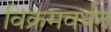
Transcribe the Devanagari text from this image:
विक्रमवर्धन